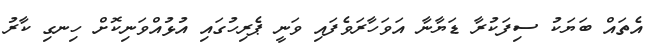
އެތައް ބަޔަކު ސިފަކުރާ ޑަޔާނާ އަވަހާރަވެފައި ވަނީ ޕެރިހުގައި އުޅުއްވަނިކޮށް ހިނގި ކާރު